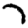
Digit: 7